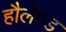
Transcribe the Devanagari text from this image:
हौलेण्ड